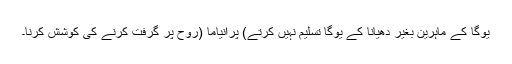
یوگا کے ماہرین بغیر دھیانا کے یوگا تسلیم نہیں کرتے) پرانیاما (روح پر گرفت کرنے کی کوشش کرنا۔